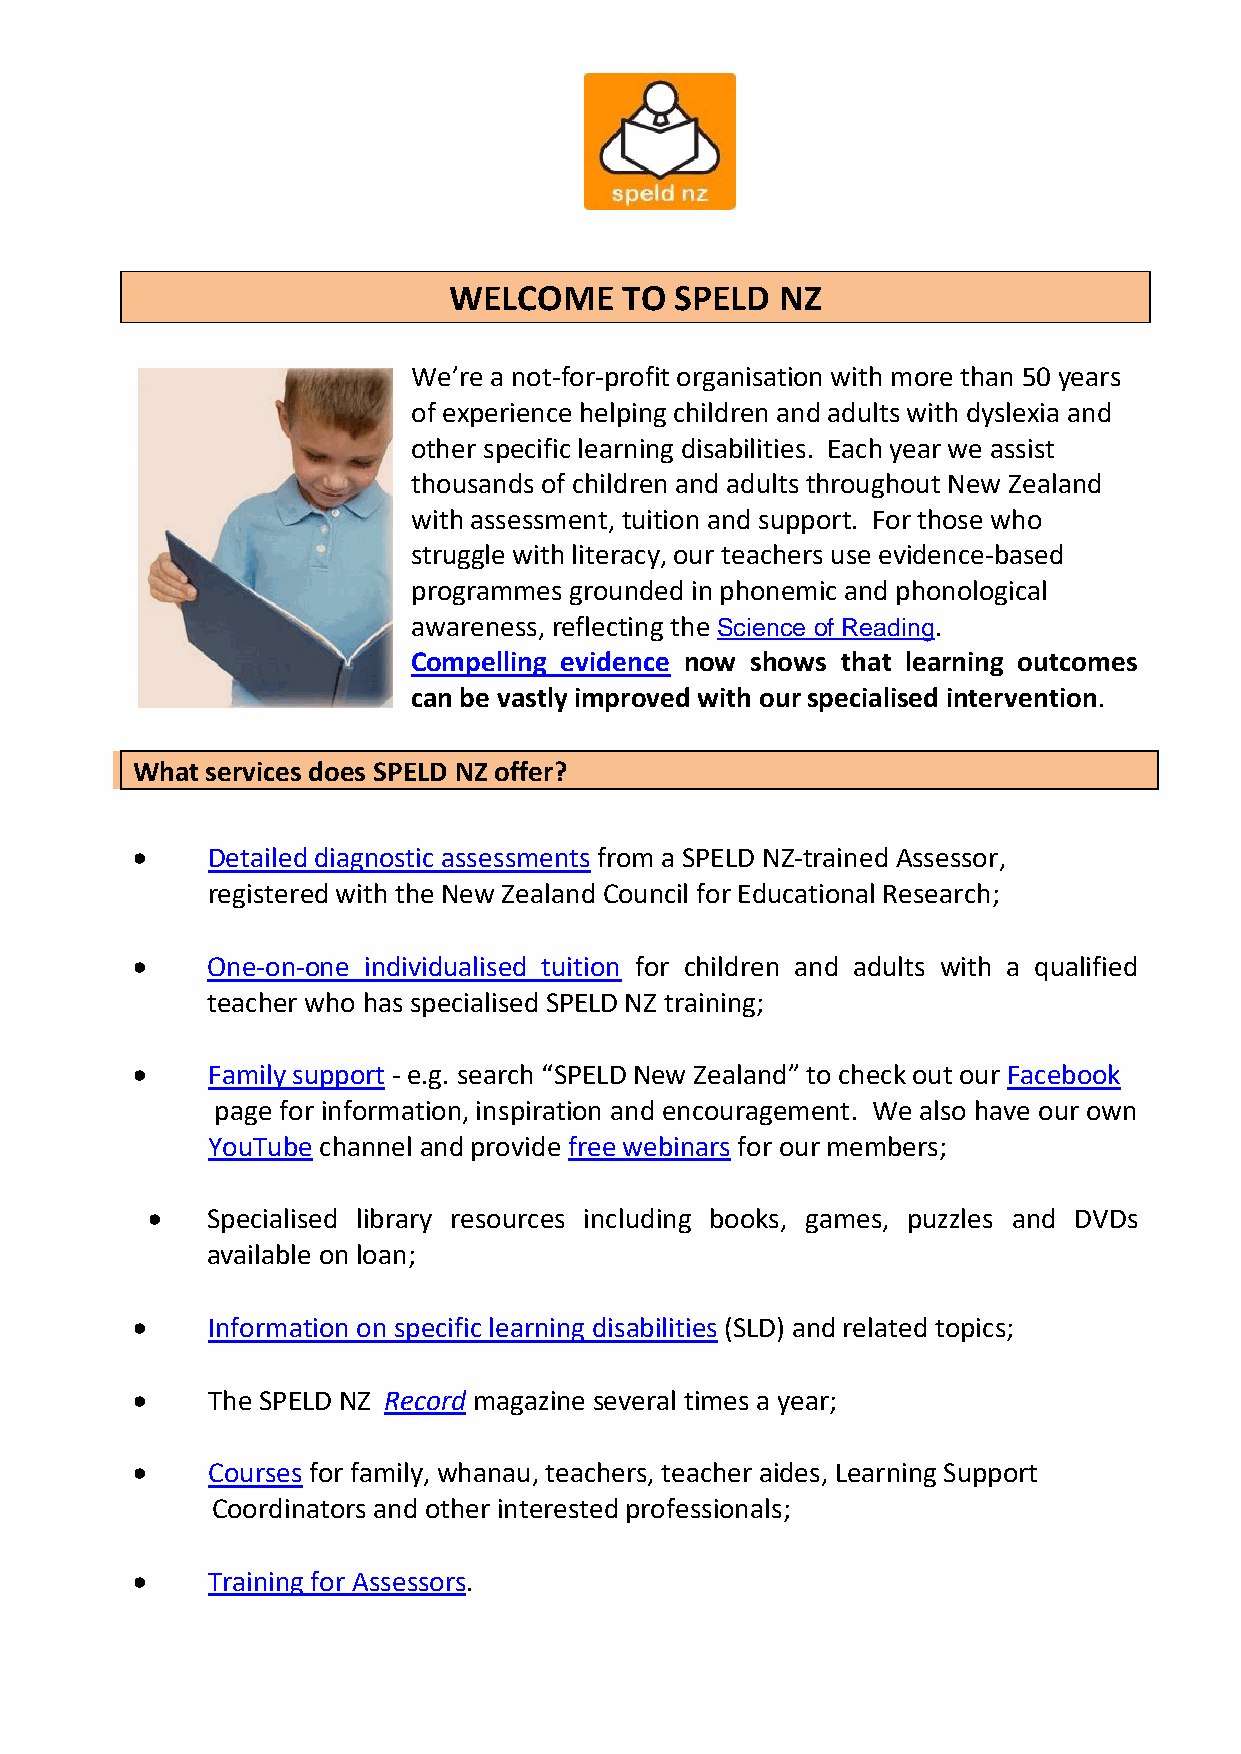
WELCOME    TO  SPELD  NZ
 We’re a not-for-profit organisation with more than 50 years
 of experience helping children and adults with dyslexia and
 other specific learning disabilities. Each year we assist
 thousands of children and adults throughout New Zealand
 with assessment, tuition and support. For those who
 struggle with literacy, our teachers use evidence-based
 programmes grounded in phonemic and phonological
 awareness, reflecting the Science of Reading.
 Compelling evidence now shows that learning outcomes
 can be vastly improved with our specialised intervention.
 What services does SPELD NZ offer?
 •    Detailed diagnostic assessments from a SPELD NZ-trained Assessor,
 registered with the New Zealand Council for Educational Research;
 •    One-on-one individualised tuition for children and adults with a qualified
 teacher who has specialised SPELD NZ training;
 •    Family support - e.g. search “SPELD New Zealand” to check out our Facebook
 page for information, inspiration and encouragement. We also have our own
 YouTube channel and provide free webinars for our members;
 •   Specialised library resources including books, games, puzzles and DVDs
 available on loan;
 •    Information on specific learning disabilities (SLD) and related topics;
 •    The SPELD NZ Record magazine several times a year;
 •    Courses for family, whanau, teachers, teacher aides, Learning Support
 Coordinators and other interested professionals;
 •    Training for Assessors.